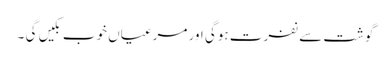
گوشت سے نفرت ہوگی اور مرغیاں خوب بکیں گی ۔